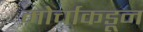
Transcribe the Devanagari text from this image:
मोर्चाकडून